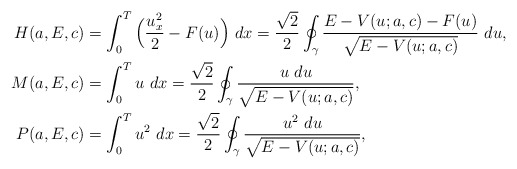
\begin{align*}\begin{aligned}H(a,E,c)&=\int_0^T\Big(\frac{u_x^2}{2}-F(u)\Big)~dx=\frac{\sqrt{2}}{2}\oint_\gamma\frac{E-V(u;a,c)-F(u)}{\sqrt{E-V(u;a,c)}}~du,\\M(a,E,c)&=\int_0^Tu~dx=\frac{\sqrt{2}}{2}\oint_\gamma\frac{u~du}{\sqrt{E-V(u;a,c)}},\\P(a,E,c)&=\int_0^Tu^2~dx=\frac{\sqrt{2}}{2}\oint_\gamma\frac{u^2~du}{\sqrt{E-V(u;a,c)}},\end{aligned}\end{align*}